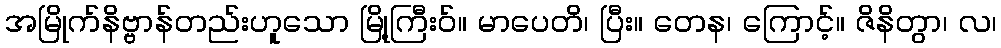
အမြိုက်နိဗ္ဗာန်တည်းဟူသော မြို့ကြီးဝ်။ မာပေတိ၊ ပြီး။ တေန၊ ကြောင့်။ ဇိနိတွာ၊ လ၊